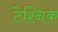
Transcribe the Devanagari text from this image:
टेश्निक